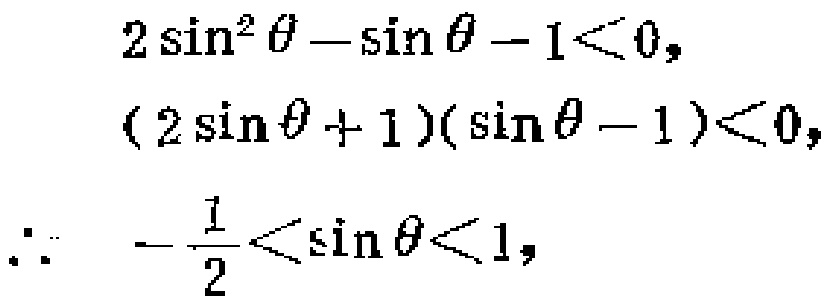
\[

\begin{align*}

2\sin^{2}\theta - \sin\theta - 1&<0,\\

(2\sin\theta + 1)(\sin\theta - 1)&<0,\\

\therefore -\frac{1}{2}&<\sin\theta<1,

\end{align*}

\]